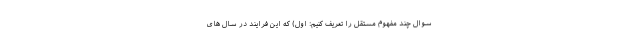
سوال چند مفهوم مستقل را تعریف کنیم: اول) که این فرایند در سال های